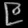
Digit: ၉